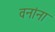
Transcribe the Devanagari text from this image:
वनांना